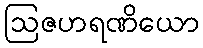
ဩဇဟရဏိယော